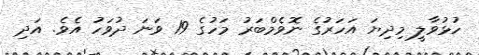
ހުޅުވާލީ މިދިޔަ އަހަރުގެ ނޮވެމްބަރު މަހުގެ 19 ވަނަ ދުވަހު އެވެ. އަދި